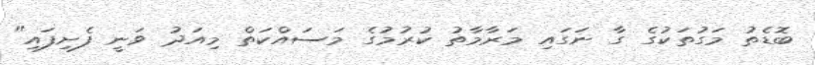
ބޮޑެތު މަގުތަކުގެ ގާ ނަގައި މަރާމާތު ކުރުމުގެ މަސައްކަތް މިއަދު ވަނީ ފެށިފައި"